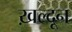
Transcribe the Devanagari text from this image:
ख़ल्दून